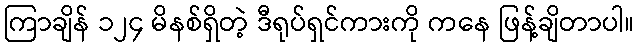
ကြာချိန် ၁၂၄ မိနစ်ရှိတဲ့ ဒီရုပ်ရှင်ကားကို ကနေ ဖြန့်ချိတာပါ။